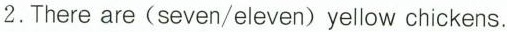
2. There are (seven/eleven) yellow chickens.